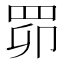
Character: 𦊑